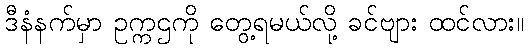
ဒီနံနက်မှာ ဥက္ကဌကို တွေ့ရမယ်လို့ ခင်ဗျား ထင်လား။